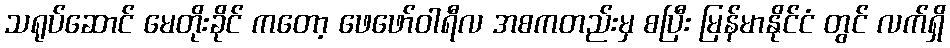
သရုပ်ဆောင် မေတိုးခိုင် ကတော့ ဖေဖော်ဝါရီလ အစကတည်းမှ စပြီး မြန်မာနိုင်ငံ တွင် လက်ရှိ